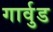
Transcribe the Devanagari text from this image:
गार्वुड